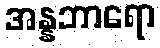
အန္နဘာရော